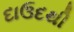
દાઉદથી